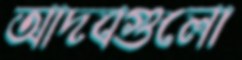
আদবগুলো